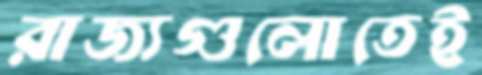
রাজ্যগুলোতেই